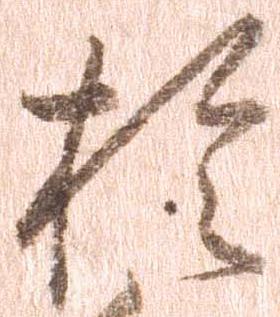
於